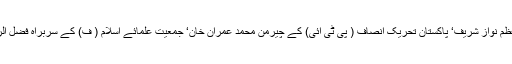
اس کے علاوہ اسلامی ممالک کے پانچ سو بااثر شخصیتوں میں پاکستان کے معزول وزیراعظم نواز شریف‘ پاکستان تحریک انصاف ( پی ٹی ائی) کے چیرمن محمد عمران خان‘ جمعیت علمائے اسلام ( ف) کے سربراہ فضل الرحمن اور ملالہ یوسف زائی سمیت درجنوں پاکستانیوں کو بھی فہرست میں شامل کیاگیا ہے۔